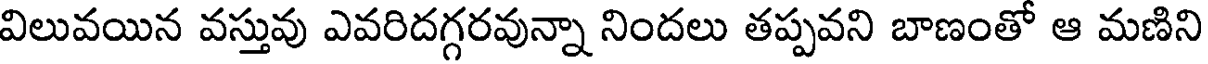
విలువయిన వస్తువు ఎవరిదగ్గరవున్నా నిందలు తప్పవని బాణంతో ఆ మణిని